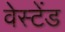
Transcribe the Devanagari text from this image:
वेस्टेंड